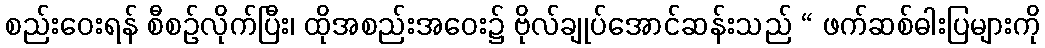
စည်းဝေးရန် စီစဉ်လိုက်ပြီး၊ ထိုအစည်းအဝေး၌ ဗိုလ်ချုပ်အောင်ဆန်းသည် “ ဖက်ဆစ်ဓါးပြများကို